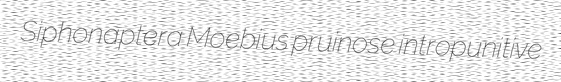
Siphonaptera Moebius pruinose intropunitive